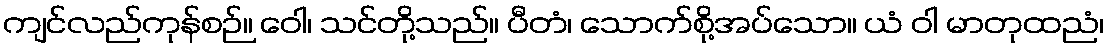
ကျင်လည်ကုန်စဉ်။ ဝေါ၊ သင်တို့သည်။ ပီတံ၊ သောက်စို့အပ်သော။ ယံ ဝါ မာတုထညံ၊